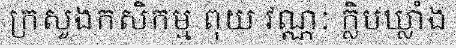
ក្រសួងកសិកម្ម ពុយ វណ្ណៈ ក្លិបឃ្លាំង